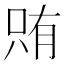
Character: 𫪫